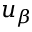
u _ { \beta }